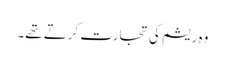
وہ ریشم کی تجارت کرتے تھے۔